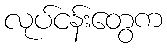
လုပ်ငန်းတွေက